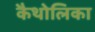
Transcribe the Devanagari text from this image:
कैथोलिका